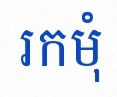
រកមុំ